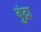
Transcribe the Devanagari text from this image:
बुंद्रा